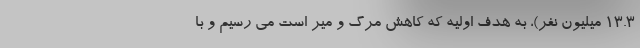
۱۳.۳ میلیون نفر)، به هدف اولیه که کاهش مرگ و میر است می رسیم و با